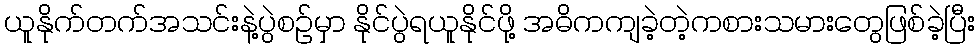
ယူနိုက်တက်အသင်းနဲ့ပွဲစဉ်မှာ နိုင်ပွဲရယူနိုင်ဖို့ အဓိကကျခဲ့တဲ့ကစားသမားတွေဖြစ်ခဲ့ပြီး